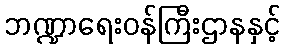
ဘဏ္ဍာရေးဝန်ကြီးဌာနနှင့်